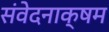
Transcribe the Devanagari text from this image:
संवेदनाक्षम